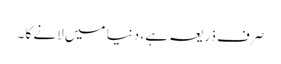
صرف ذریعہ ہے ، دنیا میں لانے کا ۔